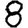
Digit: 8